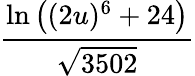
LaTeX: \frac{\ln{\big(}(2u)^{6}+24{\big)}}{\sqrt{3502}}